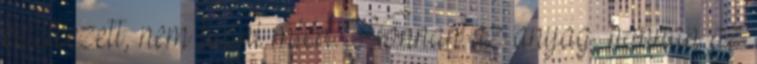
keletkezett, nem tudni miért. Honnan az anyag, honnan az